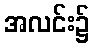
အလင်း၌